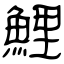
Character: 鯉